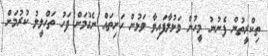
ތިކްރީތުން ފެނުނު މީހުން ވަޅުލާފައިވާ ވަޅުން ހަށިތައް ނެގުމަށް ފަހު ތަހްލީލު ކުރުމަށް